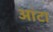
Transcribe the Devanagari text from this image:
आंटा